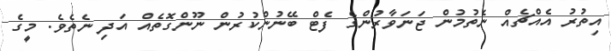
އިތުރު އެއްޗެއް ނެތުމުން ޖަނަވާރުންގެ ފެޓް ބޭނުންކުރުން ނޫންގޮތެއް އަދި ނެތެވެ. މީގެ